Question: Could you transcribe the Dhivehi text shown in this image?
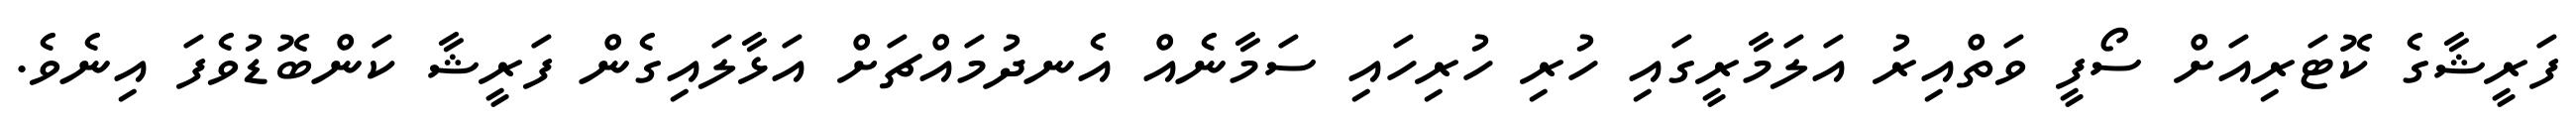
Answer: ފަރީޝާގެ ކޮޓަރިއަށް ސޯފީ ވަތްއިރު އަލަމާރީގައި ހުރި ހުރިހައި ސަމާނެއް އެނދުމައްޗަށް އަޅާލައިގެން ފަރީޝާ ކަންބޮޑުވެފަ އިނެވެ.